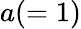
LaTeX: a(=1)